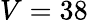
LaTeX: V=38